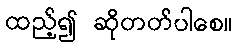
ထည့်၍ ဆိုတတ်ပါစေ။